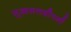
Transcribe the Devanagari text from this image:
मुखमत्तदीपनी